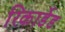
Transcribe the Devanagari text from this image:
रिकार्डेड